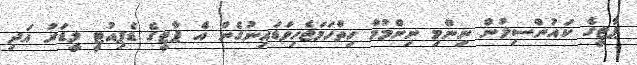
ޕާޓީގެ ކައުންސިލުން ނިންމި ނިންމުމާ ހިތްހަމަޖެހިވަޑައިނުގެން އެ ޕާޓީގެ ޑެޕިއުޓީ ލީޑަރު އަދި